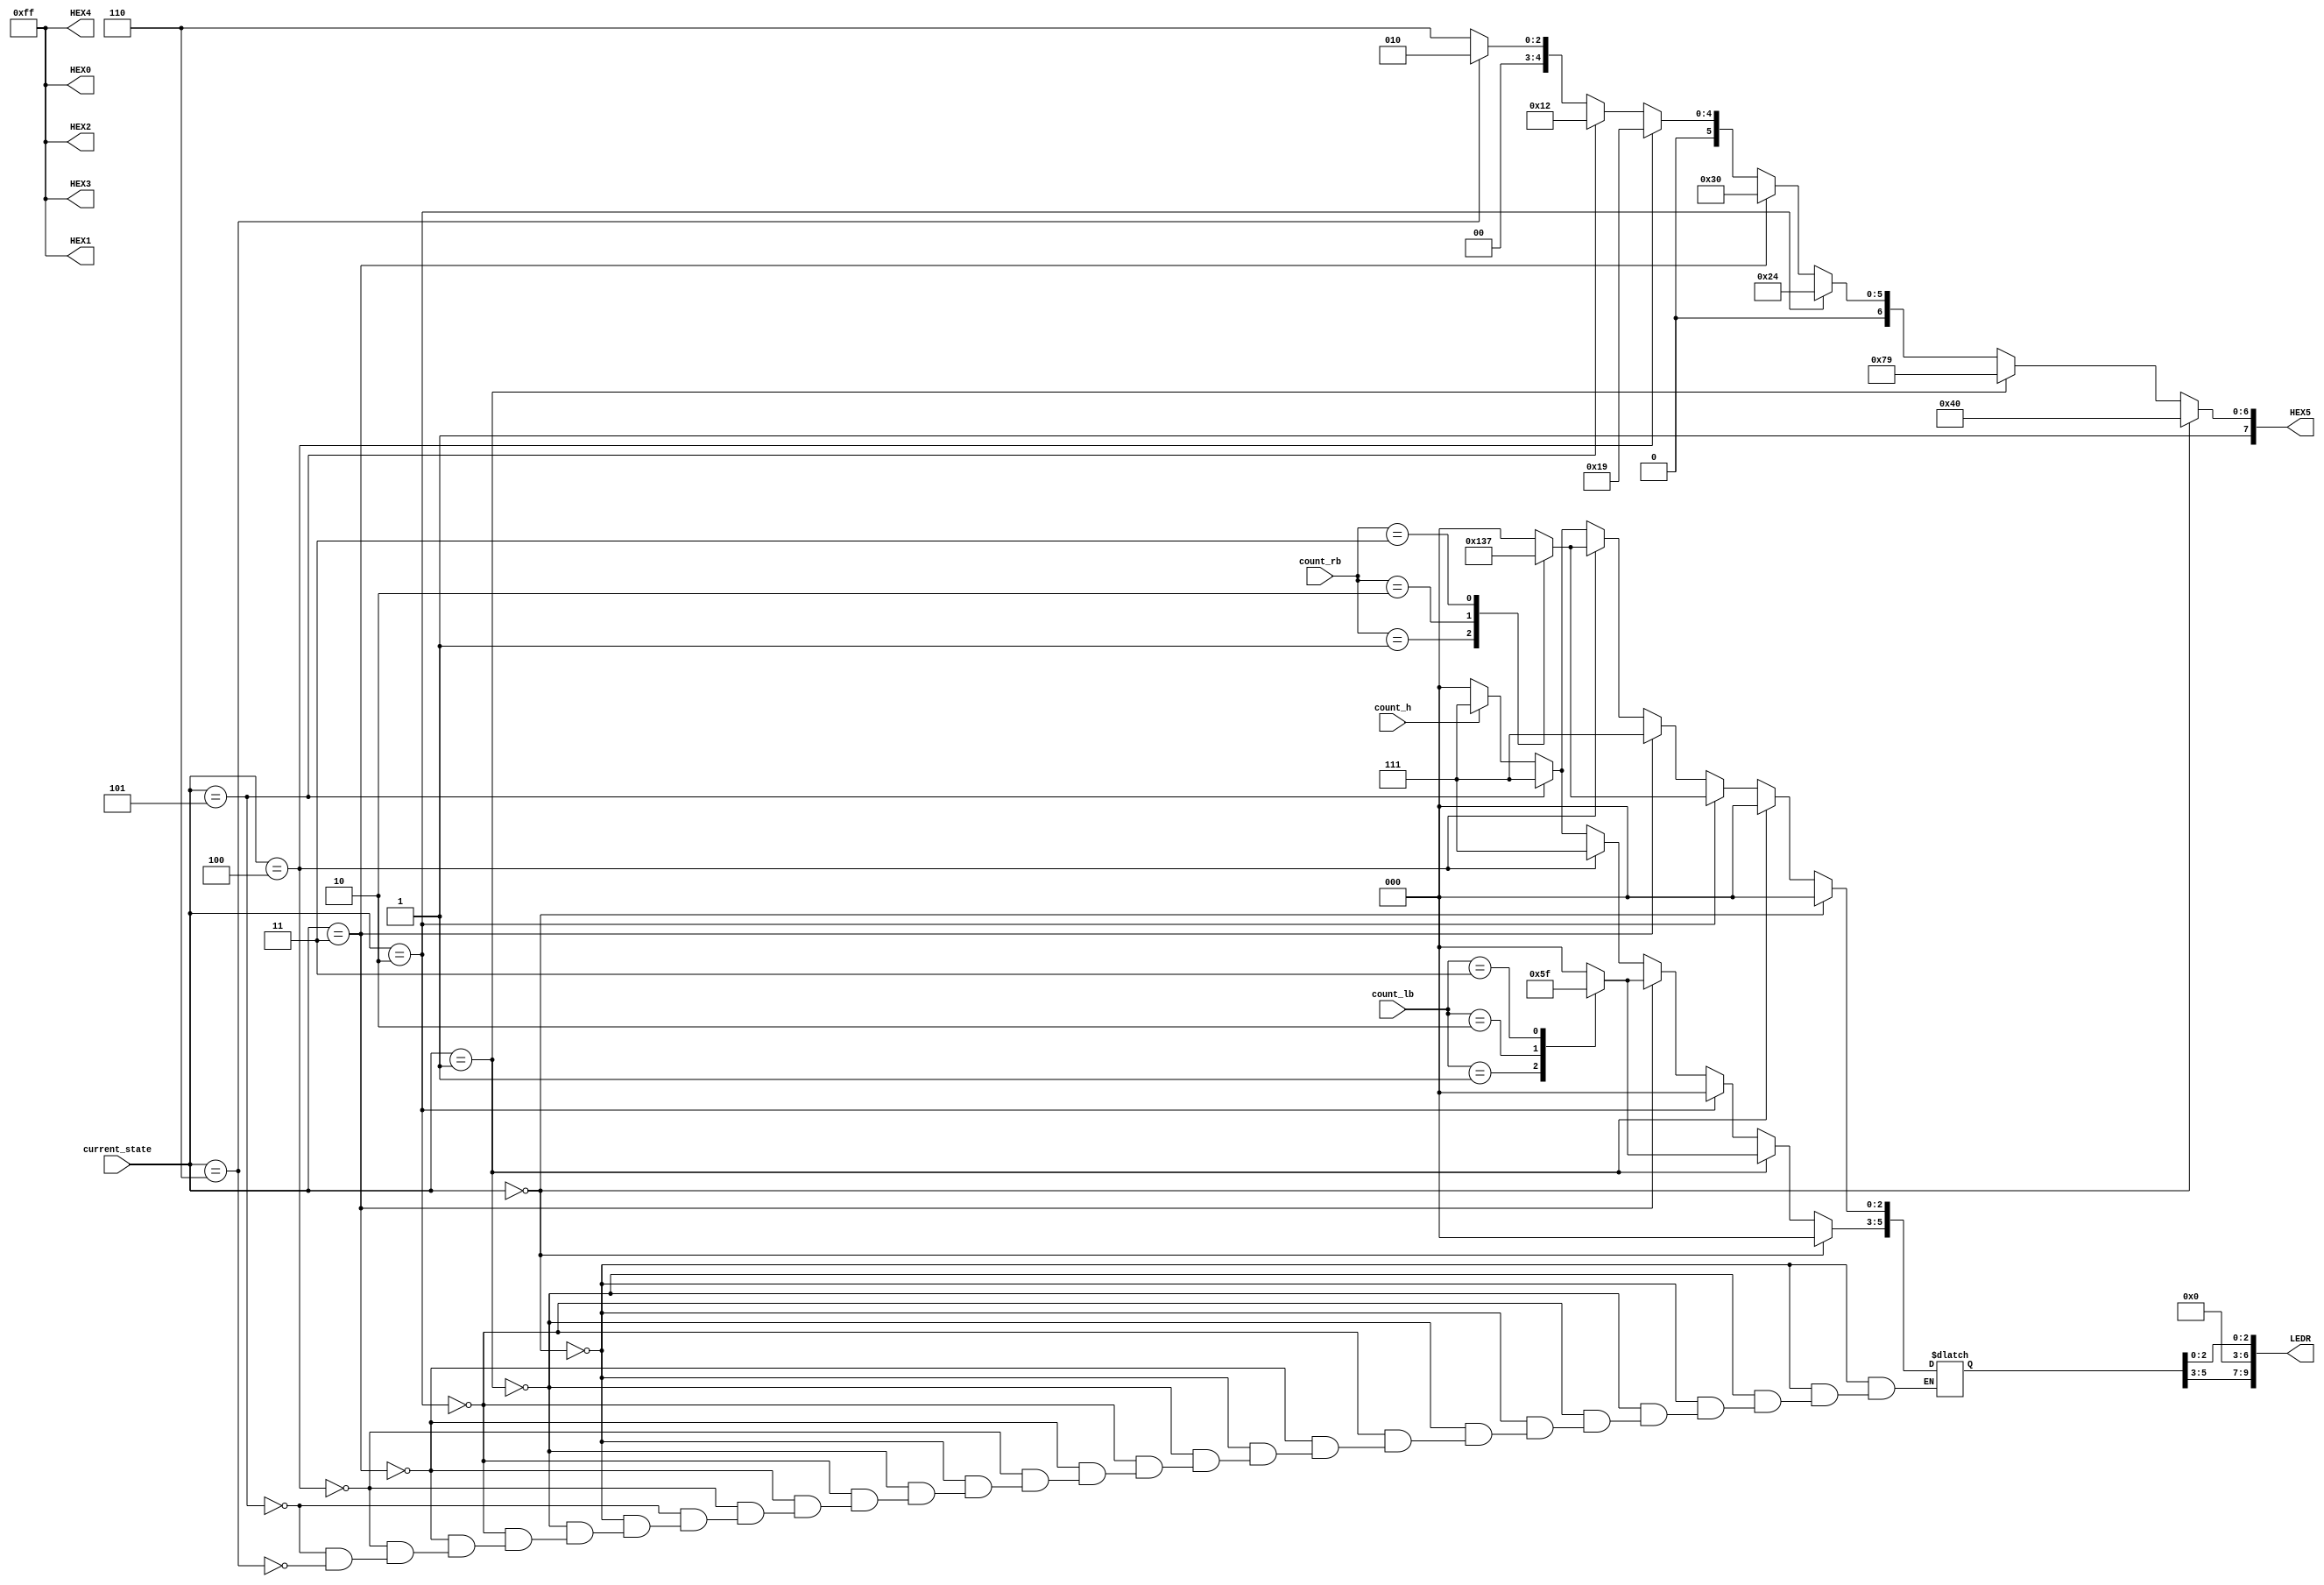
module ol ( input [1:0]count_rb, input [1:0]count_lb, input count_h, input [2:0]current_state, output reg [9:0]LEDR, output reg [7:0]HEX5, output reg [7:0]HEX4, output reg [7:0]HEX3, output reg [7:0]HEX2, output reg [7:0]HEX1, output reg [7:0]HEX0 );

parameter IDEL  = 3'b000;
parameter LEFT  = 3'b001;
parameter RIGHT  = 3'b010;
parameter LBREAK  = 3'b011;
parameter RBREAK  = 3'b100;
parameter BREAK  = 3'b101;
parameter HAZARD  = 3'b110;

always @ ( current_state, count_rb, count_lb, count_h )
    begin
        LEDR[6:3] = 4'b0000;
        HEX4[7:0] = 8'b1111_1111;
        HEX3[7:0] = 8'b1111_1111;
        HEX2[7:0] = 8'b1111_1111;
        HEX1[7:0] = 8'b1111_1111;
        HEX0[7:0] = 8'b1111_1111;
        if ( current_state == IDEL ) begin
            HEX5[7:0] = 8'b1100_0000;
            LEDR[9:7] = 3'b000;
            LEDR[2:0] = 3'b000;
        end else if(current_state == LEFT ) begin
            HEX5[7:0] = 8'b1111_1001;
            LEDR[2:0] = 3'b000;
            case(count_lb)
                0 : LEDR[9:7] = 3'b000;
                1 : LEDR[9:7] = 3'b001;
                2 : LEDR[9:7] = 3'b011;
                3 : LEDR[9:7] = 3'b111;
                default: 
                    LEDR[9:7] = 3'b000;
            endcase
        end else if(current_state == RIGHT ) begin
            HEX5[7:0] = 8'b1010_0100;
            LEDR[9:7] = 3'b000;
            case(count_rb)
                0 : LEDR[2:0] = 3'b000;
                1 : LEDR[2:0] = 3'b100;
                2 : LEDR[2:0] = 3'b110;
                3 : LEDR[2:0] = 3'b111;
                default: 
                    LEDR[2:0] = 3'b000;
            endcase
        end else if(current_state == LBREAK ) begin
            HEX5[7:0] = 8'b1011_0000;
            LEDR[2:0] = 3'b111;
            case(count_lb)
                0 : LEDR[9:7] = 3'b000;
                1 : LEDR[9:7] = 3'b001;
                2 : LEDR[9:7] = 3'b011;
                3 : LEDR[9:7] = 3'b111;
                default: 
                    LEDR[9:7] = 3'b000;
            endcase
        end else if(current_state == RBREAK ) begin
            HEX5[7:0] = 8'b1001_1001;
            LEDR[9:7] = 3'b111;
            case(count_rb)
                0 : LEDR[2:0] = 3'b000;
                1 : LEDR[2:0] = 3'b100;
                2 : LEDR[2:0] = 3'b110;
                3 : LEDR[2:0] = 3'b111;
                default: 
                    LEDR[2:0] = 3'b000;
            endcase
        end else if(current_state == BREAK ) begin
            HEX5[7:0] = 8'b1001_0010;
            LEDR[9:7] = 3'b111;
            LEDR[2:0] = 3'b111;
        end else if(current_state == HAZARD ) begin
            HEX5[7:0] = 8'b1000_0010;
            case(count_h)
                0 : begin
                    LEDR[9:7] = 3'b000;
                    LEDR[2:0] = 3'b000;
                    end
                1 : begin
                    LEDR[9:7] = 3'b111;
                    LEDR[2:0] = 3'b111;
                    end
                default: begin
                    LEDR[9:7] = 3'b000;
                    LEDR[2:0] = 3'b000;
                    end
            endcase
        end else begin
            HEX5[7:0] = 8'b1000_0110;
        end
    end
endmodule